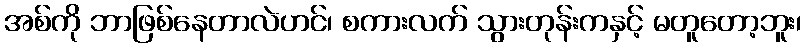
အစ်ကို ဘာဖြစ်နေတာလဲဟင်၊ စကားလက် သွားတုန်းကနှင့် မတူတော့ဘူး၊